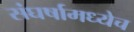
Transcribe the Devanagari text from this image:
संघर्षामध्येच